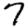
Digit: 7